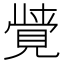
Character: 𮗖